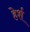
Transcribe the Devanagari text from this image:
हेर्श